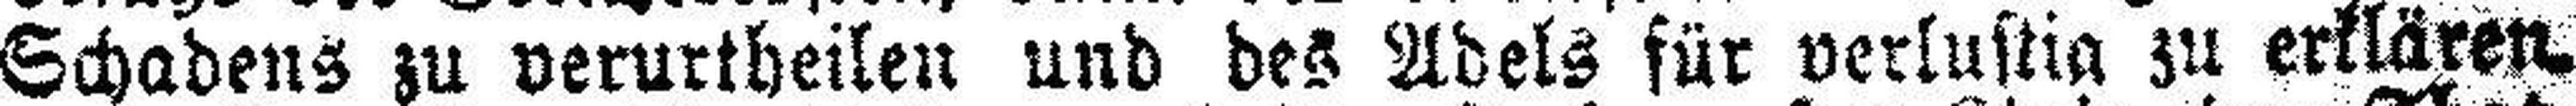
Schadens zu verurtheilen und des Adels für verlustig zu erklären.